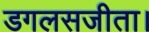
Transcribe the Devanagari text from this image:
डगलसजीता।